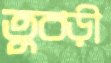
তুবড়ী